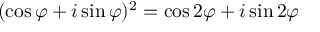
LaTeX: ( \cos \varphi + i \sin \varphi ) ^ { 2 } = \cos 2 \varphi + i \sin 2 \varphi